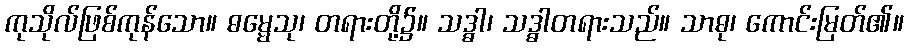
ကုသိုလ်ဖြစ်ကုန်သော။ ဓမ္မေသု၊ တရားတို့၌။ သဒ္ဓါ၊ သဒ္ဓါတရားသည်။ သာဓု၊ ကောင်းမြတ်၏။